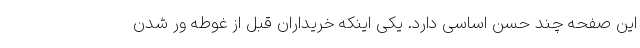
این صفحه چند حُسن اساسی دارد. یکی اینکه خریداران قبل از غوطه ور شدن